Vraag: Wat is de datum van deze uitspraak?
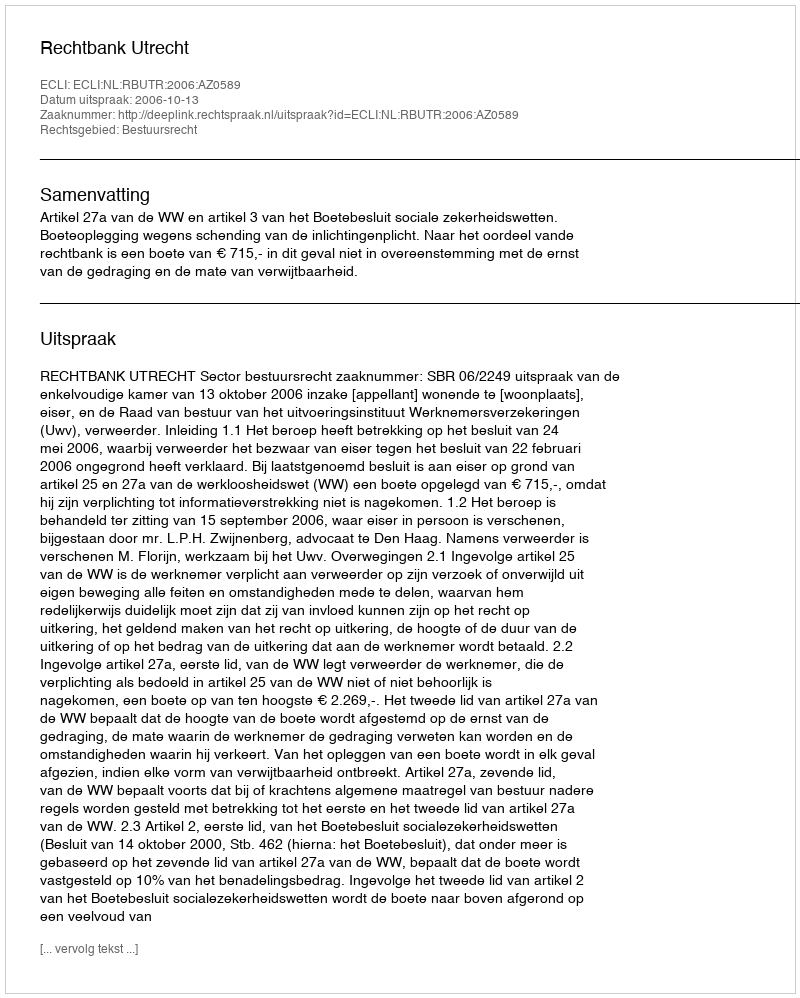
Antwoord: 2006-10-13